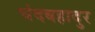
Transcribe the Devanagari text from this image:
चंदबहादुर